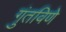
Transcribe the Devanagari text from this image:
गुंतविणे